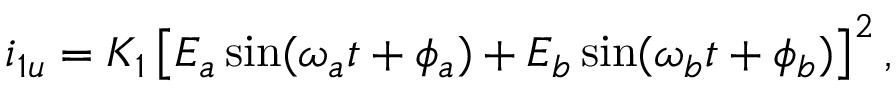
i _ { 1 u } = K _ { 1 } \left[ E _ { a } \sin ( \omega _ { a } t + \phi _ { a } ) + E _ { b } \sin ( \omega _ { b } t + \phi _ { b } ) \right] ^ { 2 } ,